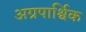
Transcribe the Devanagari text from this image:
अग्रपार्श्विक